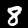
Digit: 8